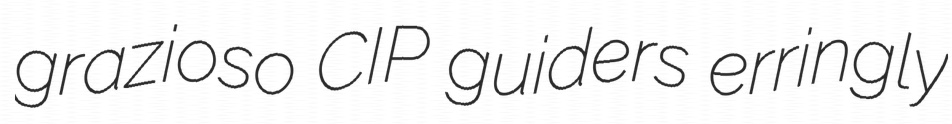
grazioso CIP guiders erringly